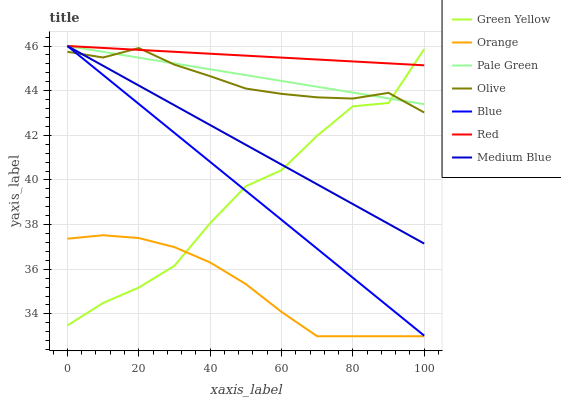
| xaxis_label | Green Yellow | Orange | Pale Green | Olive | Blue | Red | Medium Blue |
 | --- | --- | --- | --- | --- | --- | --- | --- |
 | 0 | 33.5 | 37.4 | 46 | 45.7 | 46 | 46 | 46 |
 | 10 | 34.5 | 37.5 | 45.7 | 45.5 | 44.7 | 45.9 | 45.1 |
 | 20 | 35.2 | 37.4 | 45.5 | 45.9 | 43.4 | 45.8 | 44.2 |
 | 30 | 36.2 | 37 | 45.2 | 45.2 | 42.1 | 45.7 | 43.3 |
 | 40 | 38.1 | 36.3 | 45 | 44.6 | 40.8 | 45.7 | 42.5 |
 | 50 | 39.7 | 35.3 | 44.7 | 44.1 | 39.5 | 45.6 | 41.6 |
 | 60 | 40.4 | 34.1 | 44.4 | 43.9 | 38.2 | 45.5 | 40.7 |
 | 70 | 42 | 33 | 44.2 | 43.7 | 36.9 | 45.4 | 39.8 |
 | 80 | 43.3 | 33 | 43.9 | 43.6 | 35.6 | 45.3 | 38.9 |
 | 90 | 43.4 | 33 | 43.7 | 43.9 | 34.3 | 45.2 | 38 |
 | 100 | 45.9 | 33 | 43.4 | 43 | 33 | 45.1 | 37.2 |